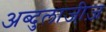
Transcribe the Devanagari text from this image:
अब्दुलाजी़ज़